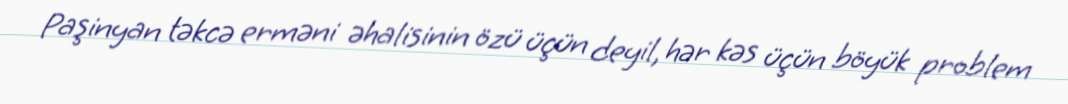
Paşinyan təkcə erməni əhalisinin özü üçün deyil, hər kəs üçün böyük problem